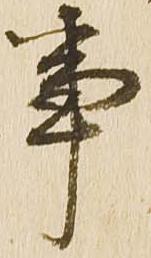
事